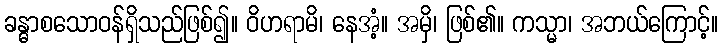
ခန္ဓာစသောဝန်ရှိသည်ဖြစ်၍။ ဝိဟရာမိ၊ နေအံ့။ အမှိ၊ ဖြစ်၏။ ကသ္မာ၊ အဘယ်ကြောင့်။